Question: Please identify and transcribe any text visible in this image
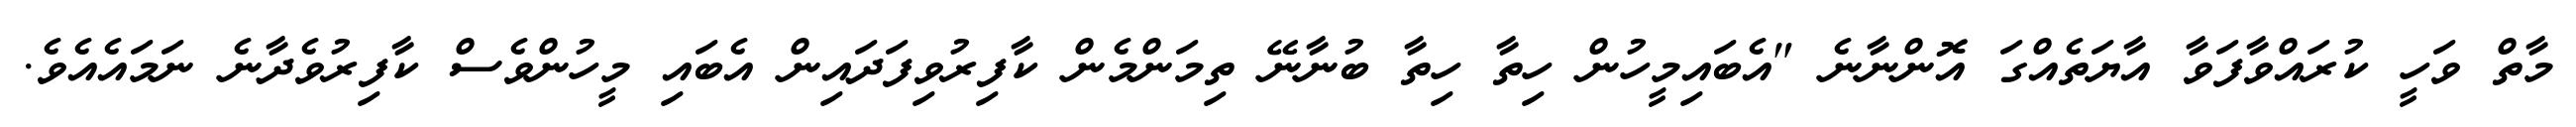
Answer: މާތް ވަހީ ކުރައްވާފަވާ އާޔަތެއްގަ އޮންނާނެ "އެބައިމީހުން ހިތާ ހިތާ ބުނާނޭ ތިމަންމެން ކާފިރުވިފަދައިން އެބައި މީހުންވެސް ކާފިރުވެދާނެ ނަމައެއެވެ.